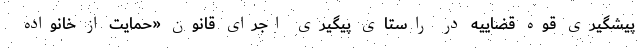
پیشگیری قوه قضاییه در راستای پیگیری اجرای قانون «حمایت از خانواده